Report on vaccination in the Province of Bengal - 1874-1889
Year: 1874
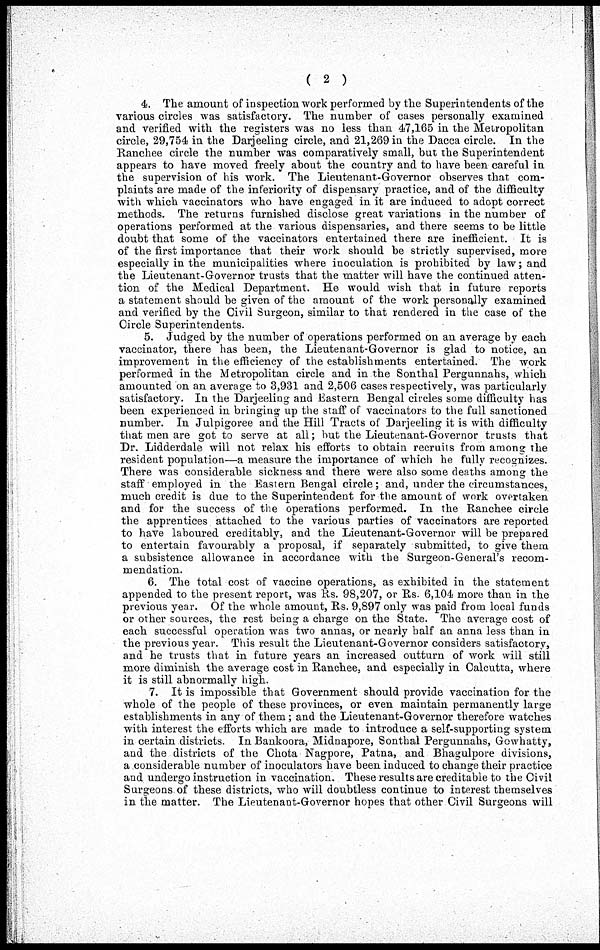
( 2 )
4. The amount of inspection work performed by the Superintendents of the
various circles was satisfactory. The number of cases personally examined
and verified with the registers was no less than 47,165 in the Metropolitan
circle, 29,754 in the Darjeeling circle, and 21,269 in the Dacca circle. In the
Ranchee circle the number was comparatively small, but the Superintendent
appears to have moved freely about the country and. to have been careful in
the supervision of his work. The Lieutenant-Governor observes that com-
plaints are made of the inferiority of dispensary practice, and of the difficulty
with which vaccinators who have engaged in it are induced to adopt correct
methods. The returns furnished disclose great variations in the number of
operations performed at the various dispensaries, and there seems to be little
doubt that some of the vaccinators entertained there are inefficient. It is
of the first importance that their work should be strictly supervised, more
especially in the municipalities where inoculation is prohibited by law; and
the Lieutenant-Governor trusts that the matter will have the continued atten-
tion of the Medical Department. He would wish that in future reports
a statement should be given of the amount of the work personally examined
and verified by the Civil Surgeon, similar to that rendered in the case of the
Circle Superintendents.
5. Judged by the number of operations performed on an average by each
vaccinator, there has been, the Lieutenant-Governor is glad to notice, an
improvement in the efficiency of the establishments entertained. The work
performed in the Metropolitan circle and in the Sonthal Pergunnahs, which
amounted on an average to 3,931 and 2,506 cases respectively, was particularly
satisfactory. In the Darjeeling and Eastern Bengal circles some difficulty has
been experienced in bringing up the staff of vaccinators to the full sanctioned
number. In Julpigoree and the Hill Tracts of Darjeeling it is with difficulty
that men are got to serve at all; but the Lieutenant-Governor trusts that
Dr. Lidderdale will not relax his efforts to obtain recruits from among the
resident population—a measure the importance of which he fully recognizes.
There was considerable sickness and there were also some deaths among the
staff employed in the Eastern Bengal circle; and, under the circumstances,
much credit is due to the Superintendent for the amount of work overtaken
and for the success of the operations performed. In the Ranchee circle
the apprentices attached to the various parties of vaccinators are reported
to have laboured creditably, and the Lieutenant-Governor will be prepared
to entertain favourably a proposal, if separately submitted, to give them
a subsistence allowance in accordance with the Surgeon-General's recom-
mendation.
6. The total cost of vaccine operations, as exhibited in the statement
appended to the present report, was Rs. 98,207, or Rs. 6,104 more than in the
previous year. Of the whole amount, Rs. 9,897 only was paid from local funds
or other sources, the rest being a charge on the State. The average cost of
each successful operation was two annas, or nearly half an anna less than in
the previous year. This result the Lieutenant-Governor considers satisfactory,
and he trusts that in future years an increased outturn of work will still
more diminish the average cost in Ranchee, and especially in Calcutta, where
it is still abnormally high.
7. It is impossible that Government should provide vaccination for the
whole of the people of these provinces, or even maintain permanently large
establishments in any of them; and the Lieutenant-Governor therefore watches
with interest the efforts which are made to introduce a self-supporting system
in certain districts. In Bankoora, Midnapore, Sonthal Pergunnahs, Gowhatty,
and the districts of the Chota Nagpore, Patna, and Bhagulpore divisions,
a considerable number of inoculators have been induced to change their practice
and undergo instruction in vaccination. These results are creditable to the Civil
Surgeons of these districts, who will doubtless continue to interest themselves
in the matter. The Lieutenant-Governor hopes that other Civil Surgeons will